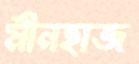
মীনহাজ